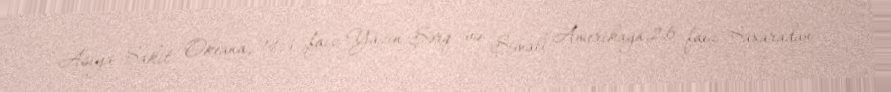
Asiya-Sakit Okeana, 14,3 faiz Yazın Şərq və Şimali Amerikaya,2,6 faiz Saxaradan